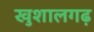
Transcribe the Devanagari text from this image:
खुशालगढ़